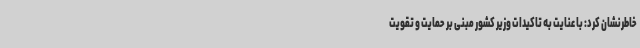
خاطرنشان کرد: با عنایت به تاکیدات وزیر کشور مبنی بر حمایت و تقویت